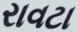
રાવટા